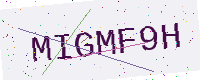
Text: MIGMF9H